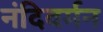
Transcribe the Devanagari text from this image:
नंदिवर्मन